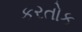
કરતોક